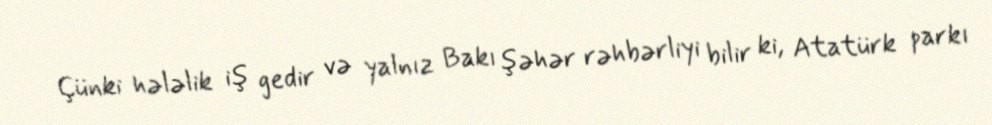
Çünki hələlik iş gedir və yalnız Bakı şəhər rəhbərliyi bilir ki, Atatürk parkı